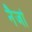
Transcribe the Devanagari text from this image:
नैजां